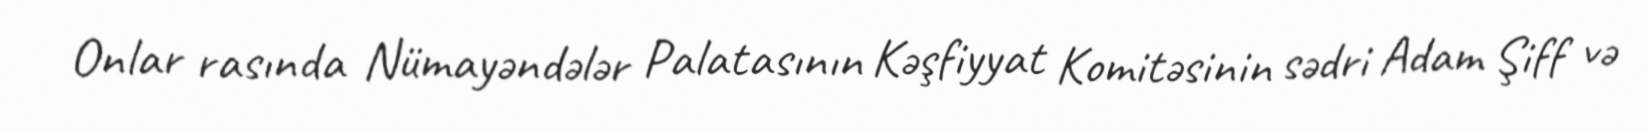
Onlar rasında Nümayəndələr Palatasının Kəşfiyyat Komitəsinin sədri Adam Şiff və